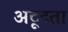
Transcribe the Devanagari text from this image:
अटूटता